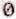
0